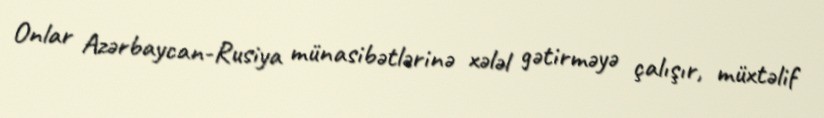
Onlar Azərbaycan-Rusiya münasibətlərinə xələl gətirməyə çalışır, müxtəlif